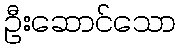
ဦးဆောင်သော